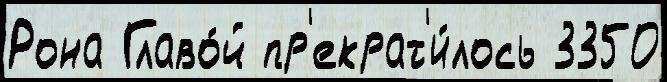
Рона Главо́й пр'екрат'и́лось 3350